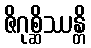
ဇိဂုစ္ဆိဿန္တိ